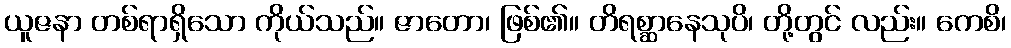
ယူဇနာ တစ်ရာရှိသော ကိုယ်သည်။ ဇာတော၊ ဖြစ်၏။ တိရစ္ဆာနေသုပိ၊ တို့တွင် လည်း။ ကေစိ၊